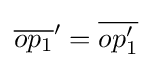
{\overline {op_{1}}}'={\overline {op_{1}'}}